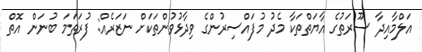
އަލްމާއިދާ ސޫރަތުގެ އާޔަތްތަކާ މެދު މުފައްސިރުންގެ ވިދާޅުވުންތަކަށް ނަޒަރެއް: ފުރަތަމަ ބުނަން އޮތް